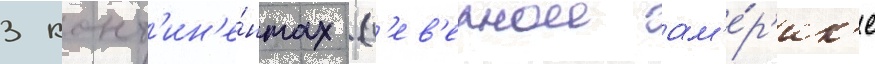
3 конт'ин'е́нтах (с'ев'ернои ам'е́р'ик'е